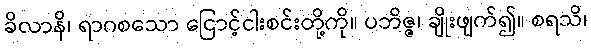
ခိလာနိ၊ ရာဂစသော ငြောင့်ငါးစင်းတို့ကို။ ပဘိဇ္ဇ၊ ချိုးဖျက်၍။ စရသိ၊